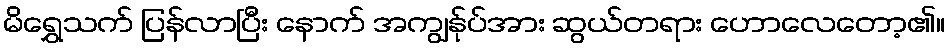
မိရွှေသက် ပြန်လာပြီး နောက် အကျွန်ုပ်အား ဆွယ်တရား ဟောလေတော့၏။